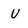
Character: u